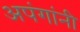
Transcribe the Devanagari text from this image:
अपंगांनी